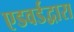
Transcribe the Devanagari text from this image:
एडवर्डद्वारा